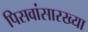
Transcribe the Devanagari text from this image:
पिसवांसारख्या